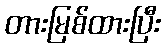
တားမြစ်ထားပြီး